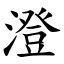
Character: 澄